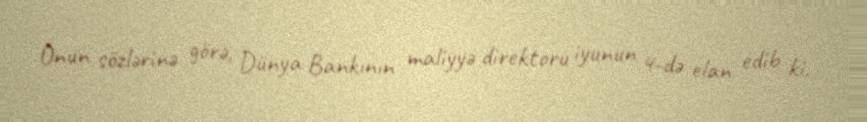
Onun sözlərinə görə, Dünya Bankının maliyyə direktoru iyunun 4-də elan edib ki,